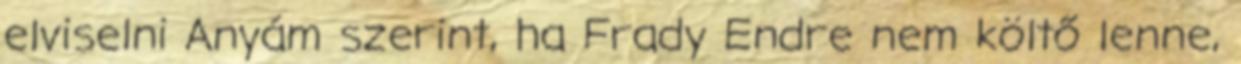
elviselni Anyám szerint, ha Frady Endre nem költő lenne,